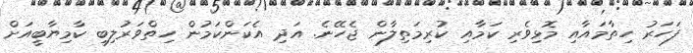
ފަހަރު ހިތާމައާއި މޮޅިވެރި ކަމާއި ކުރިމަތިލާން ޖެހޭނެ. އަދި އެކަންކަމުން ހިތްވަރުލިބި ކާމިޔާބީއަށް